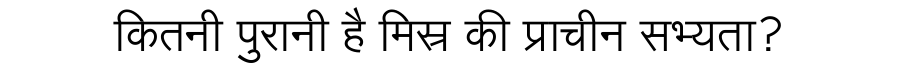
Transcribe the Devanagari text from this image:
कितनी पुरानी है मिस्र की प्राचीन सभ्यता?